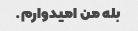
بله من امیدوارم.